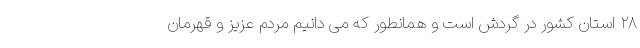
۲۸ استان کشور در گردش است و همانطور که می دانیم مردم عزیز و قهرمان